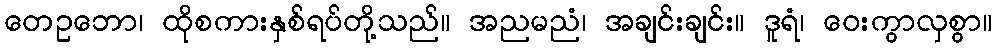
တေဥဘော၊ ထိုစကားနှစ်ရပ်တို့သည်။ အညမညံ၊ အချင်းချင်း။ ဒူရံ၊ ဝေးကွာလှစွာ။